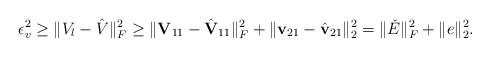
LaTeX: \begin{align*} \epsilon^2_{v} \geq \|V_l - \hat{V}\|^2_F \geq \|\mathbf{V}_{11} - \hat{\mathbf{V}}_{11}\|^2_F + \|\mathbf{v}_{21} - \hat{\mathbf{v}}_{21}\|^2_{2} = \|\check{E}\|^2_F + \|e\|^2_{2}.\end{align*}